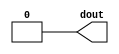
(* DONT_TOUCH = "yes" *)
module gnd_driver(
    output dout
    );

    assign dout = 1'b0;

endmodule